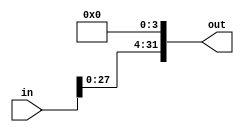
module sll_4(out, in);
	input[31:0] in;
	output[31:0] out;

	assign out[3:0] = 0;
	assign out[31:4] = in[27:0];

endmodule